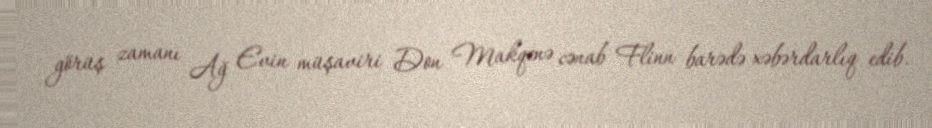
görüş zamanı Ağ Evin müşaviri Don Makqenə cənab Flinn barədə xəbərdarlıq edib.